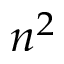
n ^ { 2 }